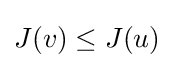
J(v)\leq J(u)